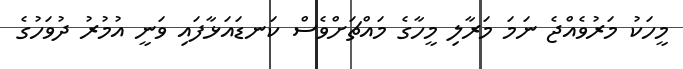
މީހަކު މަރުވެއްޖެ ނަމަ މަރާލި މީހާގެ މައްޗަށްވެސް ކަނޑައަޅާފައި ވަނީ އުމުރު ދުވަހުގެ